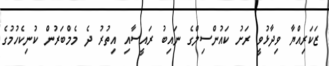
ޒަކަރިއްޔާ ވިދާޅުވީ ރަށު ކައުންސިލްގެ ނައިބު ރައީސާއި އިތުރު ދެ މެމްބަރުން ކުނިކެހުމުގެ